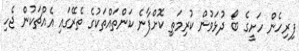
ފިރިހެން ހަށީގެ ބޯ ދުޅަވުން ކުރިމަތި ކޮށްފާނެ ކަންތައްތަކުގެ ތެރޭގައި އެއްޗަކުން ޖެހި